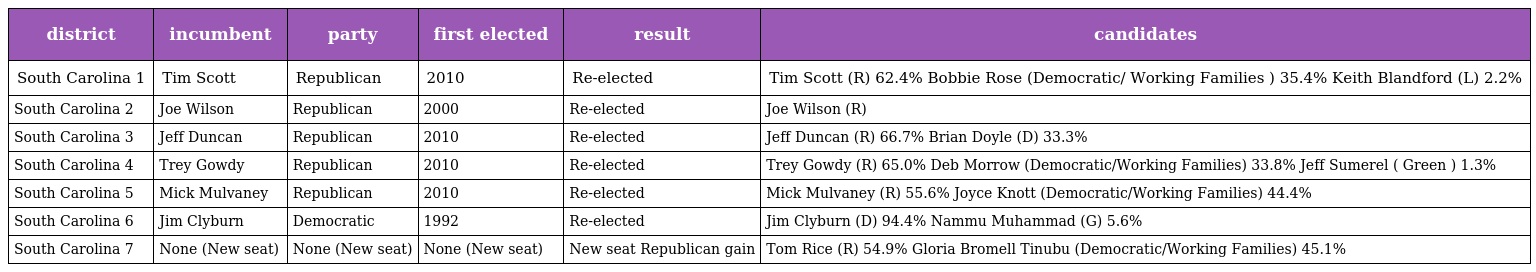
| district | incumbent | party | first elected | result | candidates |
 | --- | --- | --- | --- | --- | --- |
 | South Carolina 1 | Tim Scott | Republican | 2010 | Re-elected | Tim Scott (R) 62.4% Bobbie Rose (Democratic/ Working Families ) 35.4% Keith Blandford (L) 2.2% |
 | South Carolina 2 | Joe Wilson | Republican | 2000 | Re-elected | Joe Wilson (R) |
 | South Carolina 3 | Jeff Duncan | Republican | 2010 | Re-elected | Jeff Duncan (R) 66.7% Brian Doyle (D) 33.3% |
 | South Carolina 4 | Trey Gowdy | Republican | 2010 | Re-elected | Trey Gowdy (R) 65.0% Deb Morrow (Democratic/Working Families) 33.8% Jeff Sumerel ( Green ) 1.3% |
 | South Carolina 5 | Mick Mulvaney | Republican | 2010 | Re-elected | Mick Mulvaney (R) 55.6% Joyce Knott (Democratic/Working Families) 44.4% |
 | South Carolina 6 | Jim Clyburn | Democratic | 1992 | Re-elected | Jim Clyburn (D) 94.4% Nammu Muhammad (G) 5.6% |
 | South Carolina 7 | None (New seat) | None (New seat) | None (New seat) | New seat Republican gain | Tom Rice (R) 54.9% Gloria Bromell Tinubu (Democratic/Working Families) 45.1% |